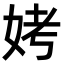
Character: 㛈